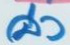
ล่าง